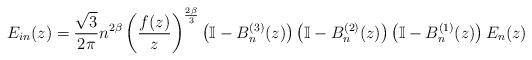
LaTeX: \begin{align*} E_{in}(z) = \frac{\sqrt{3}}{2\pi} n^{2\beta} \left(\frac{f(z)}{z} \right)^{\frac{2\beta}{3}}\left(\mathbb I - B_n^{(3)}(z) \right) \left(\mathbb I - B_n^{(2)}(z) \right)\left( \mathbb I - B_n^{(1)}(z) \right)E_n(z)\end{align*}